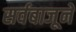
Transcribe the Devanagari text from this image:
सर्वबाजूने